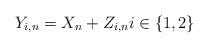
LaTeX: \begin{align*} Y_{i,n}=X_n+Z_{i,n} i\in\{1,2\} \end{align*}